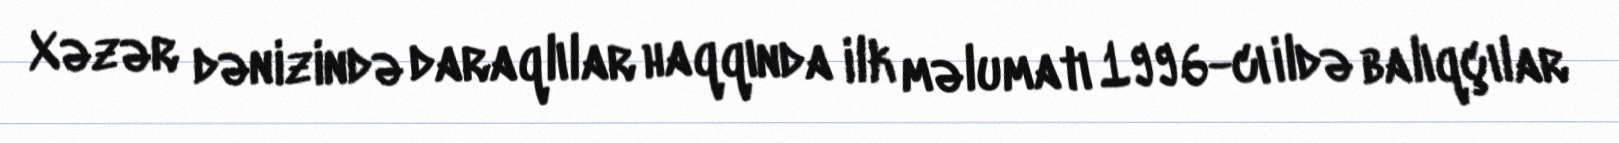
Xəzər dənizində daraqlılar haqqında ilk məlumatı 1996-cı ildə balıqçılar